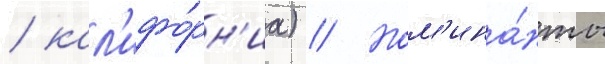
/ кал'ифо́рн'иа) // Ном'ина́нты